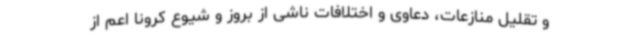
و تقلیل منازعات، دعاوی و اختلافات ناشی از بروز و شیوع کرونا اعم از